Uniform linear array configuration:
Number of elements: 32
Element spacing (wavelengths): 0.25
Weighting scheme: blackman
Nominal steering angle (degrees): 60
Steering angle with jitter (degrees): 58.139
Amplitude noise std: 0.05
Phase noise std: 0.05

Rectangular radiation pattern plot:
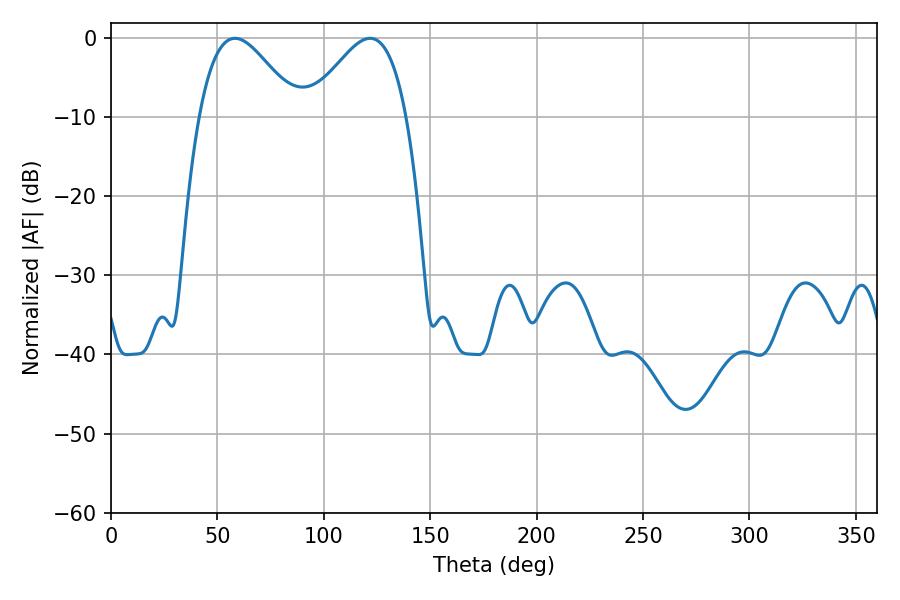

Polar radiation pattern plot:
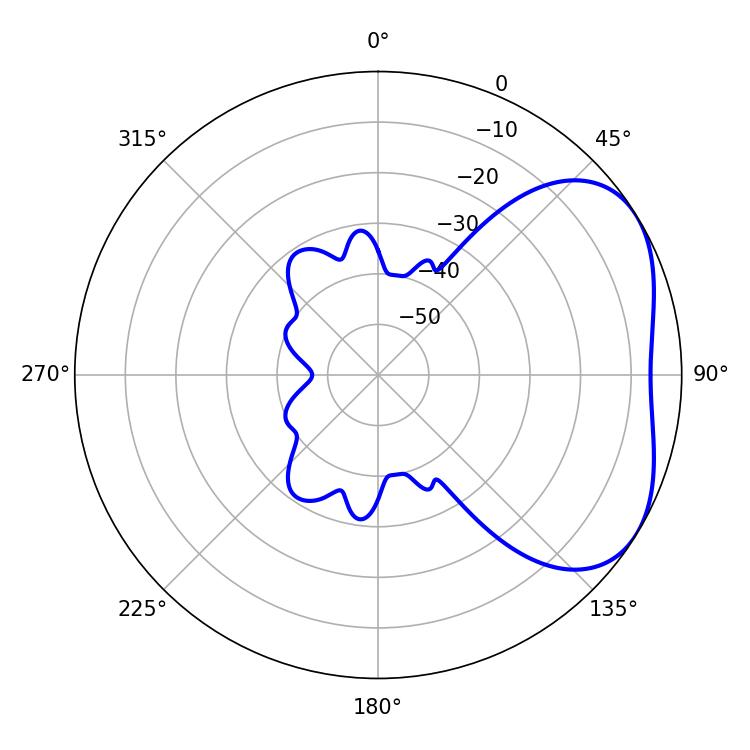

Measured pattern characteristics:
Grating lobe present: FALSE
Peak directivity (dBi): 3.779
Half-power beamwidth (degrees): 24.66
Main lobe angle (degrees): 58.32